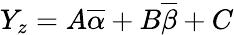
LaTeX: Y_{z}=A\overline{{\alpha}}+B\overline{{\beta}}+C